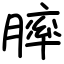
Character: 膟